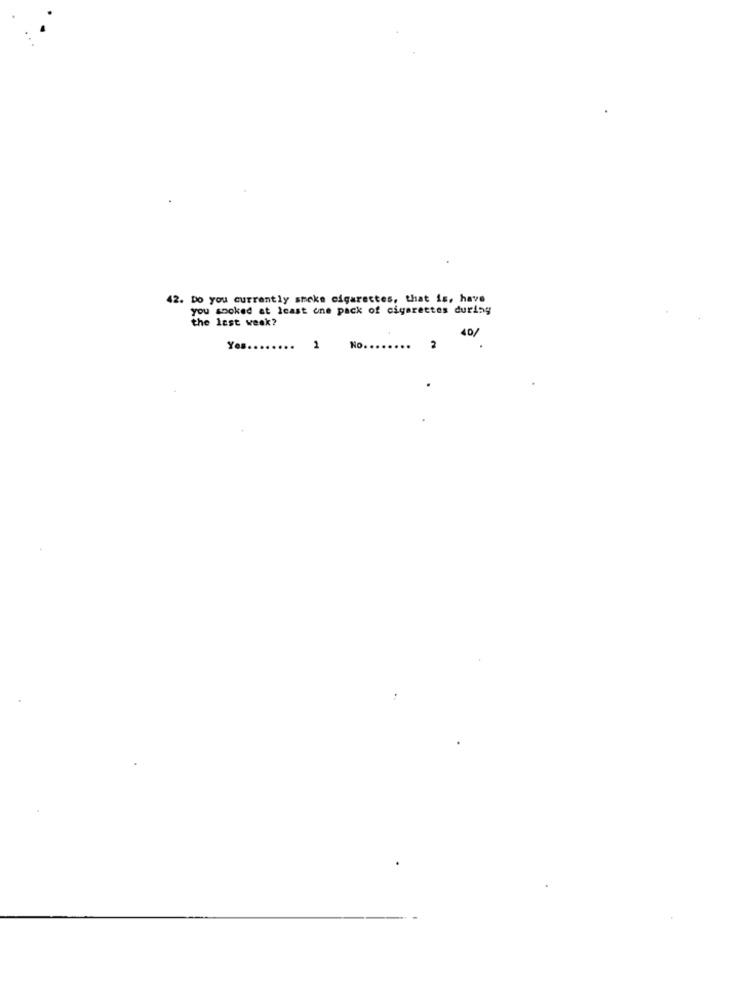
42. Do you currently smoke cigarettes, that is, have
you smoked at least one pack of cigarettes during
the last week?
40/
Yes ..
...
1
No. .......
2